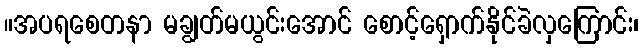
။အပရစေတနာ မချွတ်မယွင်းအောင် စောင့်ရှောက်နိုင်ခဲလှကြောင်း၊